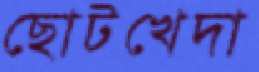
ছোটখেদা